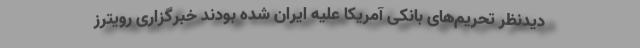
دیدنظر تحریم‌های بانکی آمریکا علیه ایران شده بودند خبرگزاری رویترز